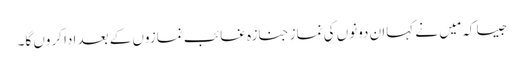
جیسا کہ مَیں نے کہاان دونوں کی نمازِ جنازہ غائب نمازوں کے بعد ادا کروں گا۔